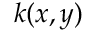
k ( x , y )